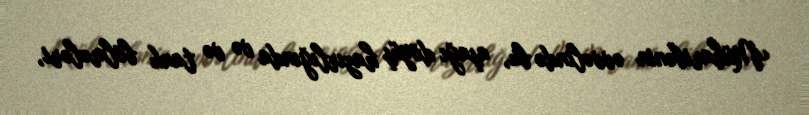
Müharibənin əvvəlində bu, aşağı döyüş hazırlığında və və tank bölmələri,